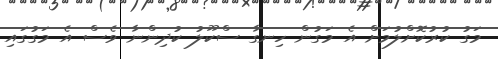
މަގު ކުރުކޮށްލުމަށް އެ މަގުން ހިނގާ ސްކޫލު ކުދިންނާ ވެސް އެ މަގުގައި